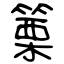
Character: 篥